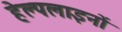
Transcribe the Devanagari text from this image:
हेल्पलाइनों